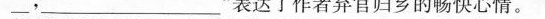
_,___”表达了作者弃官归乡的畅快心情。